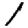
Digit: 1